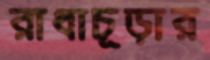
রাধাচূড়ার